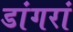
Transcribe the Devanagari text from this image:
डांगरां